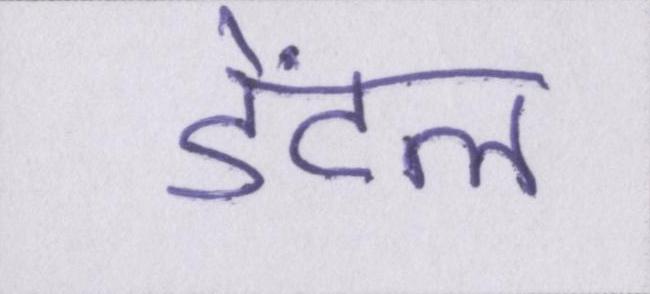
डेंटल